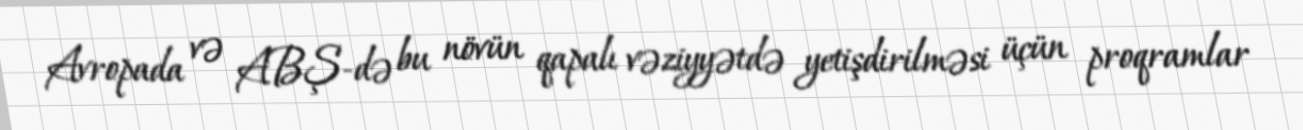
Avropada və ABŞ-də bu növün qapalı vəziyyətdə yetişdirilməsi üçün proqramlar